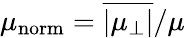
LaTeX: \mu_{\mathrm{norm}}=\overline{{\vert\mu_{\perp}\vert}}/\mu